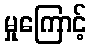
မှုကြောင့်